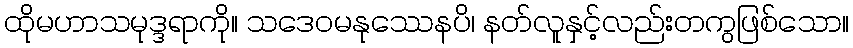
ထိုမဟာသမုဒ္ဒရာကို။ သဒေဝမနုဿေနပိ၊ နတ်လူနှင့်လည်းတကွဖြစ်သော။